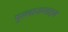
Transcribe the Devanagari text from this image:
पुल्लायप्पाड़म